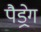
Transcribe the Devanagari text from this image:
पैड्रेग